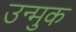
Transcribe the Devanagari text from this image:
उन्मुक